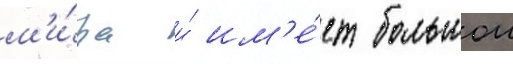
м'и́ра и́ им'е́ет большои